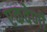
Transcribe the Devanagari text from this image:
एकवेणी